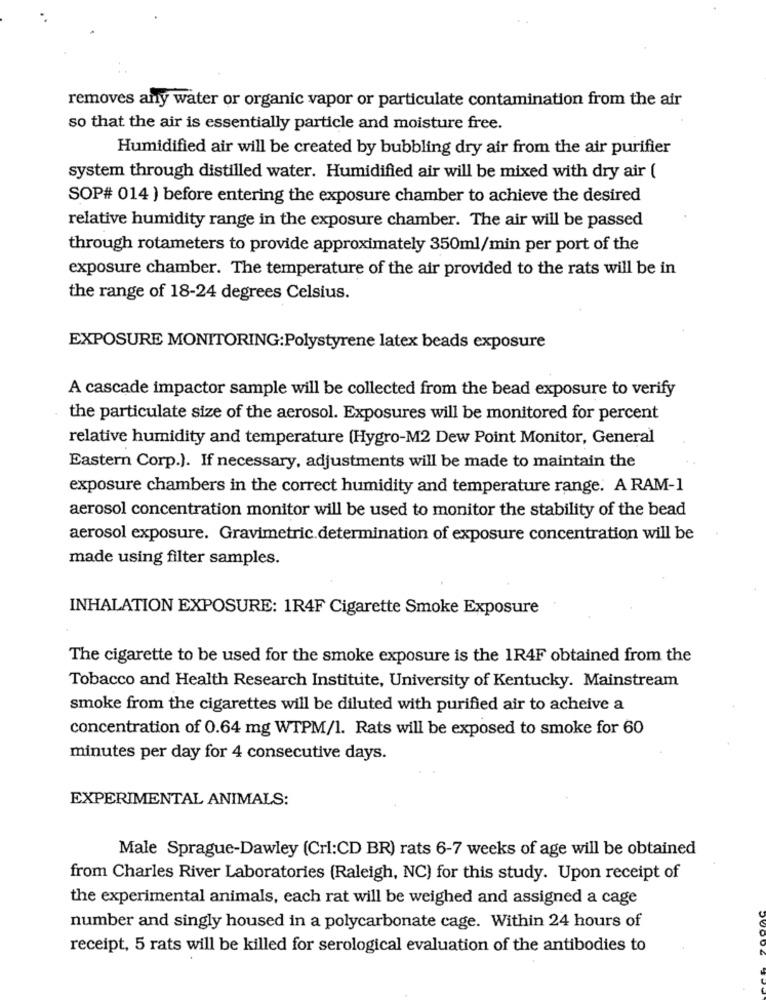
removes any water or organic vapor or particulate contamination from the air
so that the air is essentially particle and moisture free.
Humidified air will be created by bubbling dry air from the air purifier
system through distilled water. Humidified air will be mixed with dry air (
SOP# 014 ) before entering the exposure chamber to achieve the desired
relative humidity range in the exposure chamber. The air will be passed
through rotameters to provide approximately 350ml/min per port of the
exposure chamber. The temperature of the air provided to the rats will be in
the range of 18-24 degrees Celsius.
EXPOSURE MONITORING: Polystyrene latex beads exposure
A cascade impactor sample will be collected from the bead exposure to verify
the particulate size of the aerosol. Exposures will be monitored for percent
relative humidity and temperature (Hygro-M2 Dew Point Monitor, General
Eastern Corp.). If necessary, adjustments will be made to maintain the
exposure chambers in the correct humidity and temperature range. A RAM-1
aerosol concentration monitor will be used to monitor the stability of the bead
aerosol exposure. Gravimetric.determination of exposure concentration will be
made using filter samples.
INHALATION EXPOSURE: 1R4F Cigarette Smoke Exposure
The cigarette to be used for the smoke exposure is the 1R4F obtained from the
Tobacco and Health Research Institute, University of Kentucky. Mainstream
smoke from the cigarettes will be diluted with purified air to acheive a
concentration of 0.64 mg WTPM/1. Rats will be exposed to smoke for 60
minutes per day for 4 consecutive days.
EXPERIMENTAL ANIMALS:
Male Sprague-Dawley (Crl:CD BR) rats 6-7 weeks of age will be obtained
from Charles River Laboratories (Raleigh, NC) for this study. Upon receipt of
the experimental animals, each rat will be weighed and assigned a cage
number and singly housed in a polycarbonate cage. Within 24 hours of
receipt, 5 rats will be killed for serological evaluation of the antibodies to